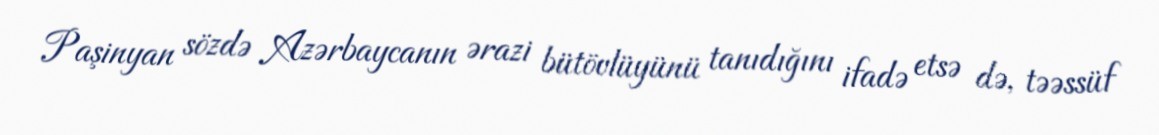
Paşinyan sözdə Azərbaycanın ərazi bütövlüyünü tanıdığını ifadə etsə də, təəssüf